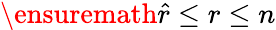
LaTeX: \ensuremath{\hat{r}}\leq r\leq n